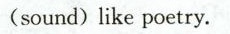
(sound) like poetry.